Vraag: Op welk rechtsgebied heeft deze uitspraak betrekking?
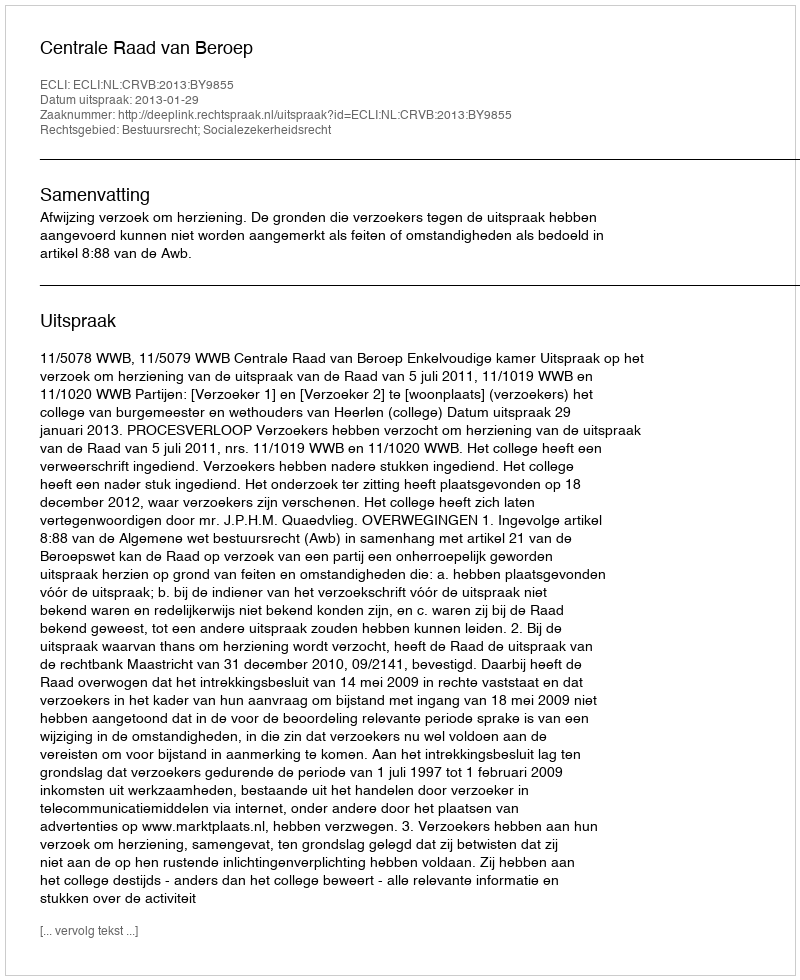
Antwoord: Bestuursrecht; Socialezekerheidsrecht